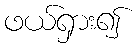
ဖယ်ရှား၍